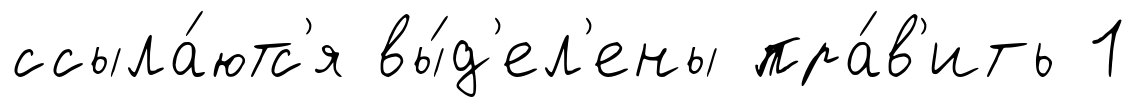
ссыла́ютс'я вы́д'ел'ены пра́в'ить 1